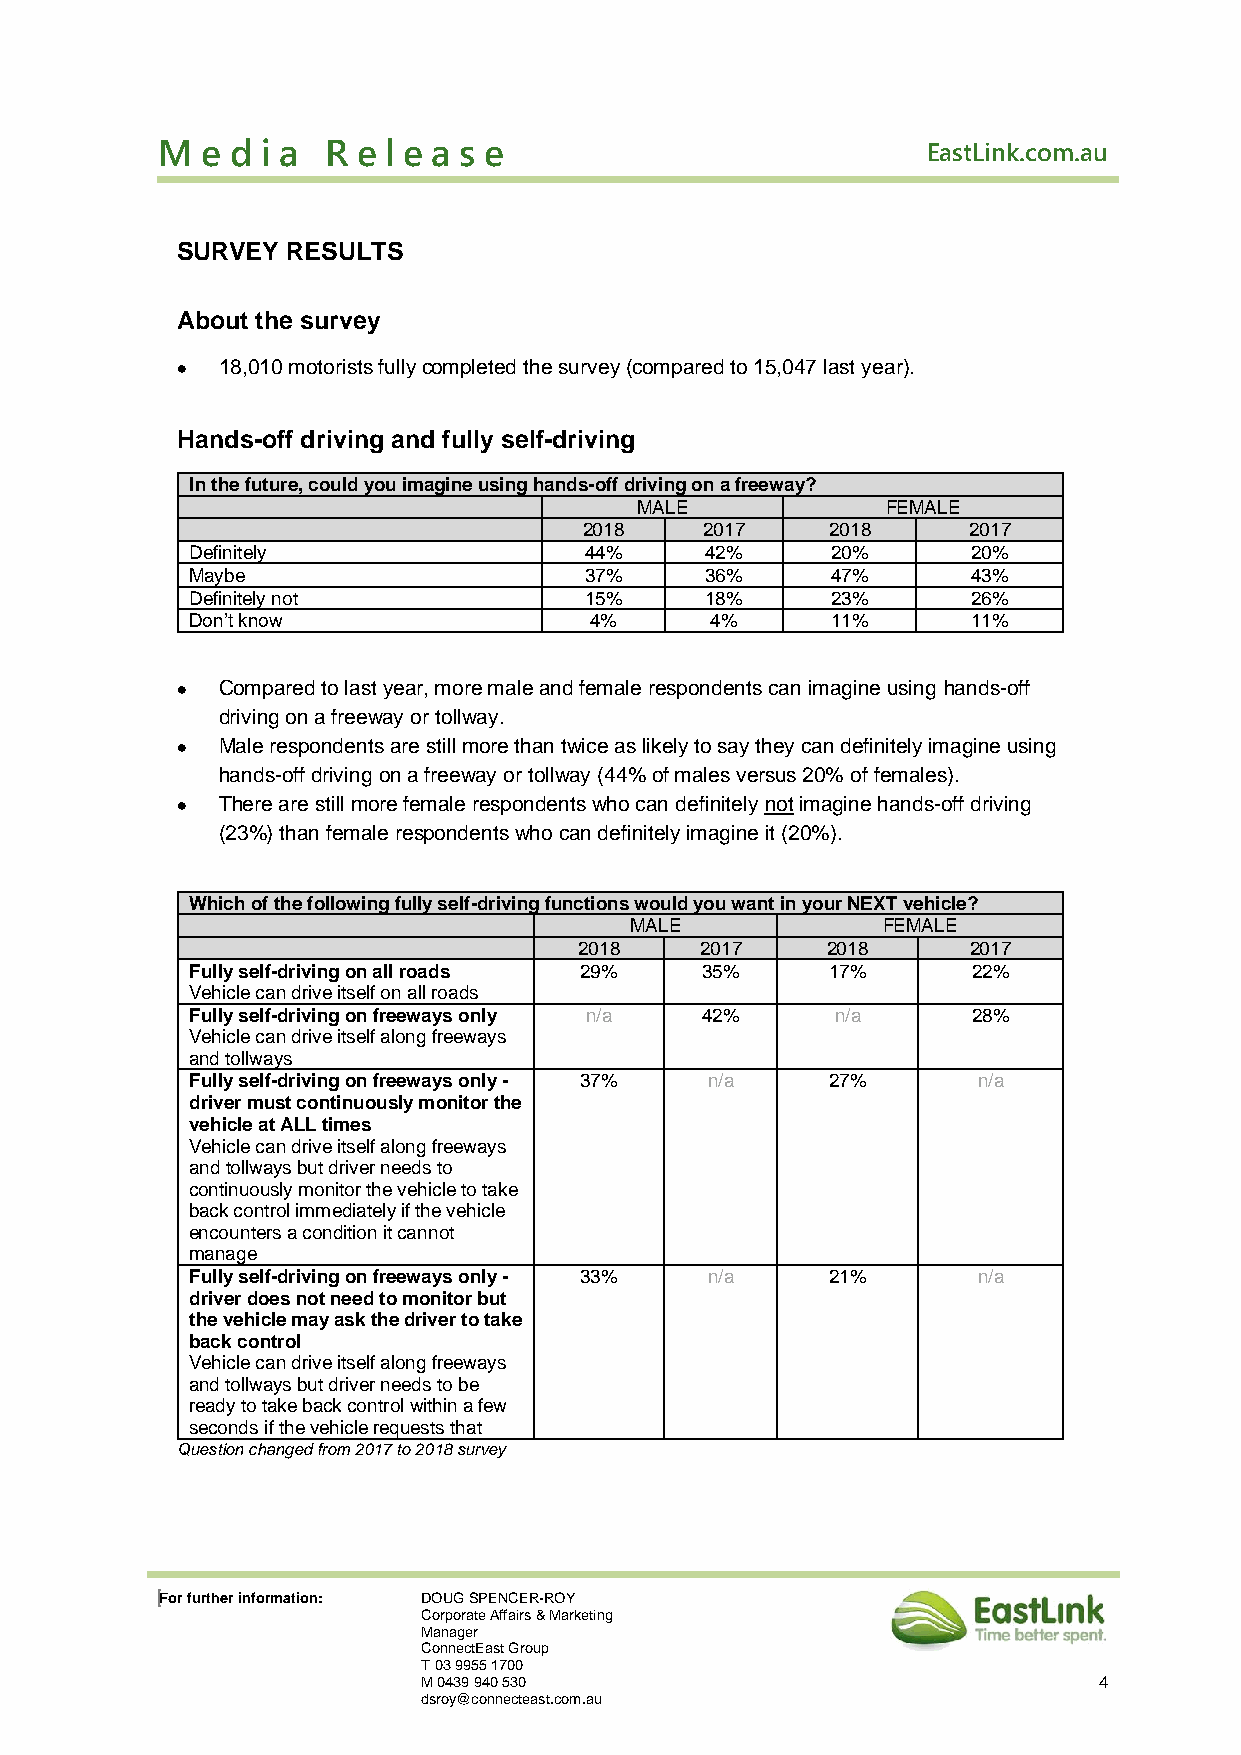
M  e d i a  R e l e a s e                          EastLink.com.au
 SURVEY RESULTS
 About the survey
 • 18,010 motorists fully completed the survey (compared to 15,047 last year).
 Hands-off driving and fully self-driving
 In the future, could you imagine using hands-off driving on a freeway?
 MALE             FEMALE
 2018    2017    2018     2017
 Definitely                44%     42%     20%      20%
 Maybe                     37%     36%     47%      43%
 Definitely not            15%     18%     23%      26%
 Don’t know                4%      4%      11%      11%
 • Compared to last year, more male and female respondents can imagine using hands-off
 driving on a freeway or tollway.
 • Male respondents are still more than twice as likely to say they can definitely imagine using
 hands-off driving on a freeway or tollway (44% of males versus 20% of females).
 • There are still more female respondents who can definitely not imagine hands-off driving
 (23%) than female respondents who can definitely imagine it (20%).
 Which of the following fully self-driving functions would you want in your NEXT vehicle?
 MALE            FEMALE
 2018    2017     2018     2017
 Fully self-driving on all roads 29% 35%   17%      22%
 Vehicle can drive itself on all roads
 Fully self-driving on freeways only n/a 42% n/a    28%
 Vehicle can drive itself along freeways
 and tollways
 Fully self-driving on freeways only - 37% n/a 27%   n/a
 driver must continuously monitor the
 vehicle at ALL times
 Vehicle can drive itself along freeways
 and tollways but driver needs to
 continuously monitor the vehicle to take
 back control immediately if the vehicle
 encounters a condition it cannot
 manage
 Fully self-driving on freeways only - 33% n/a 21%   n/a
 driver does not need to monitor but
 the vehicle may ask the driver to take
 back control
 Vehicle can drive itself along freeways
 and tollways but driver needs to be
 ready to take back control within a few
 seconds if the vehicle requests that
 Question changed from 2017 to 2018 survey
 For further information: DOUG SPENCER-ROY
 Corporate Affairs & Marketing
 Manager
 ConnectEast Group
 T 03 9955 1700
 M 0439 940 530                               4
 dsroy@connecteast.com.au